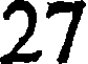
27